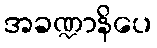
အခဏ္ဍာနိပေ